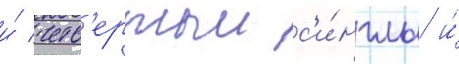
и́ четв'ертыи с'и́нглы и́